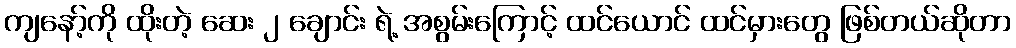
ကျနော့်ကို ထိုးတဲ့ ဆေး ၂ ချောင်း ရဲ့ အစွမ်းကြောင့် ထင်ယောင် ထင်မှားတွေ ဖြစ်တယ်ဆိုတာ